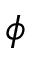
\phi